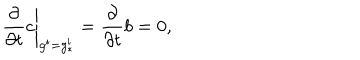
\left. { \frac { \partial } { \partial t } } c \right| _ { g ^ { i } = g _ { * } ^ { i } } = { \frac { \partial } { \partial t } } b = 0 ,